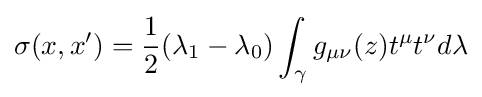
\sigma (x,x')={\frac {1}{2}}(\lambda _{1}-\lambda _{0})\int _{\gamma }g_{\mu \nu }(z)t^{\mu }t^{\nu }d\lambda